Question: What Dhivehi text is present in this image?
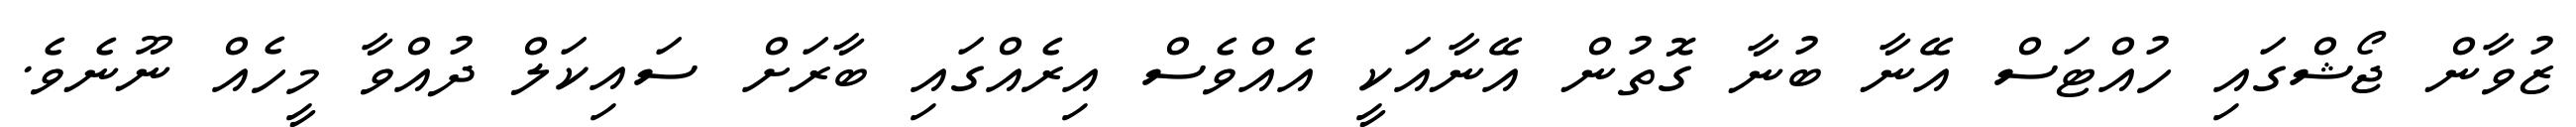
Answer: ޒުވާން ޖޯޝްގައި ހުއްޓަސް އޭނާ ބުނާ ގޮތުން އޭނާއަކީ އެއްވެސް އިރެއްގައި ބާރަށް ސައިކަލް ދުއްވާ މީހެއް ނޫނެވެ.